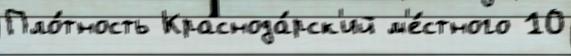
Пло́тность Краснода́рск'ий м'е́стного 10